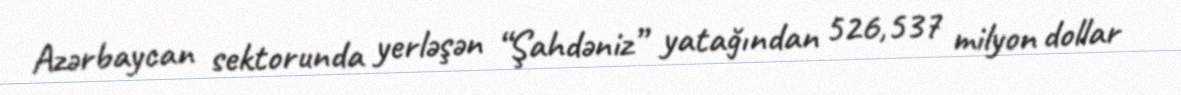
Azərbaycan sektorunda yerləşən “Şahdəniz” yatağından 526,537 milyon dollar